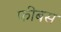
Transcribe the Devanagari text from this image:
फीबस